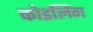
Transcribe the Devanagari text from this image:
कोइलिंग